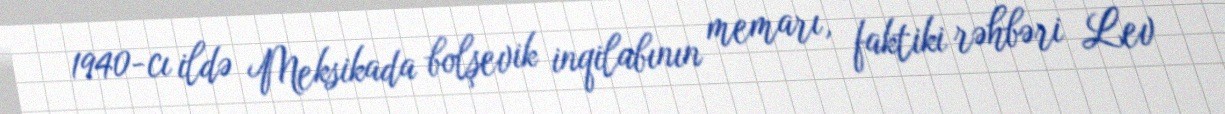
1940-cı ildə Meksikada bolşevik inqilabının memarı, faktiki rəhbəri Lev